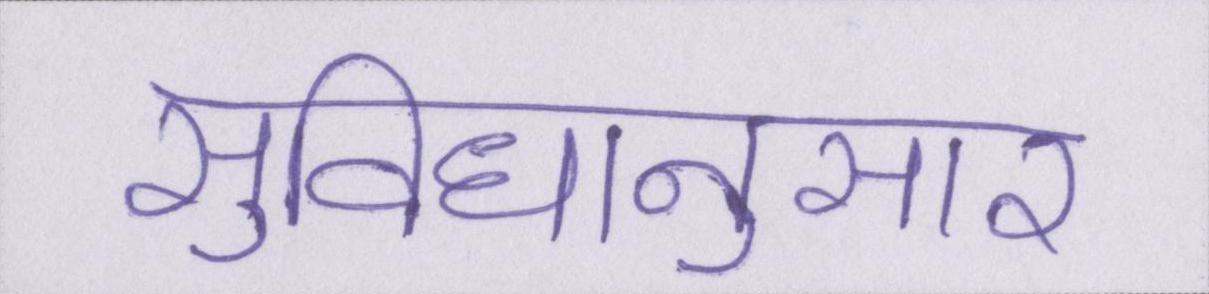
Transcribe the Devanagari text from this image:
सुविधानुसार